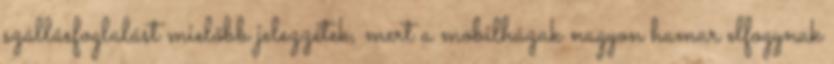
szállásfoglalást mielőbb jelezzétek, mert a mobilházak nagyon hamar elfogynak